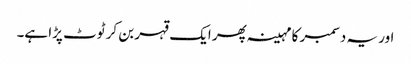
اور یہ دسمبر کا مہینہ پھر ایک قہر بن کر ٹوٹ پڑا ہے۔